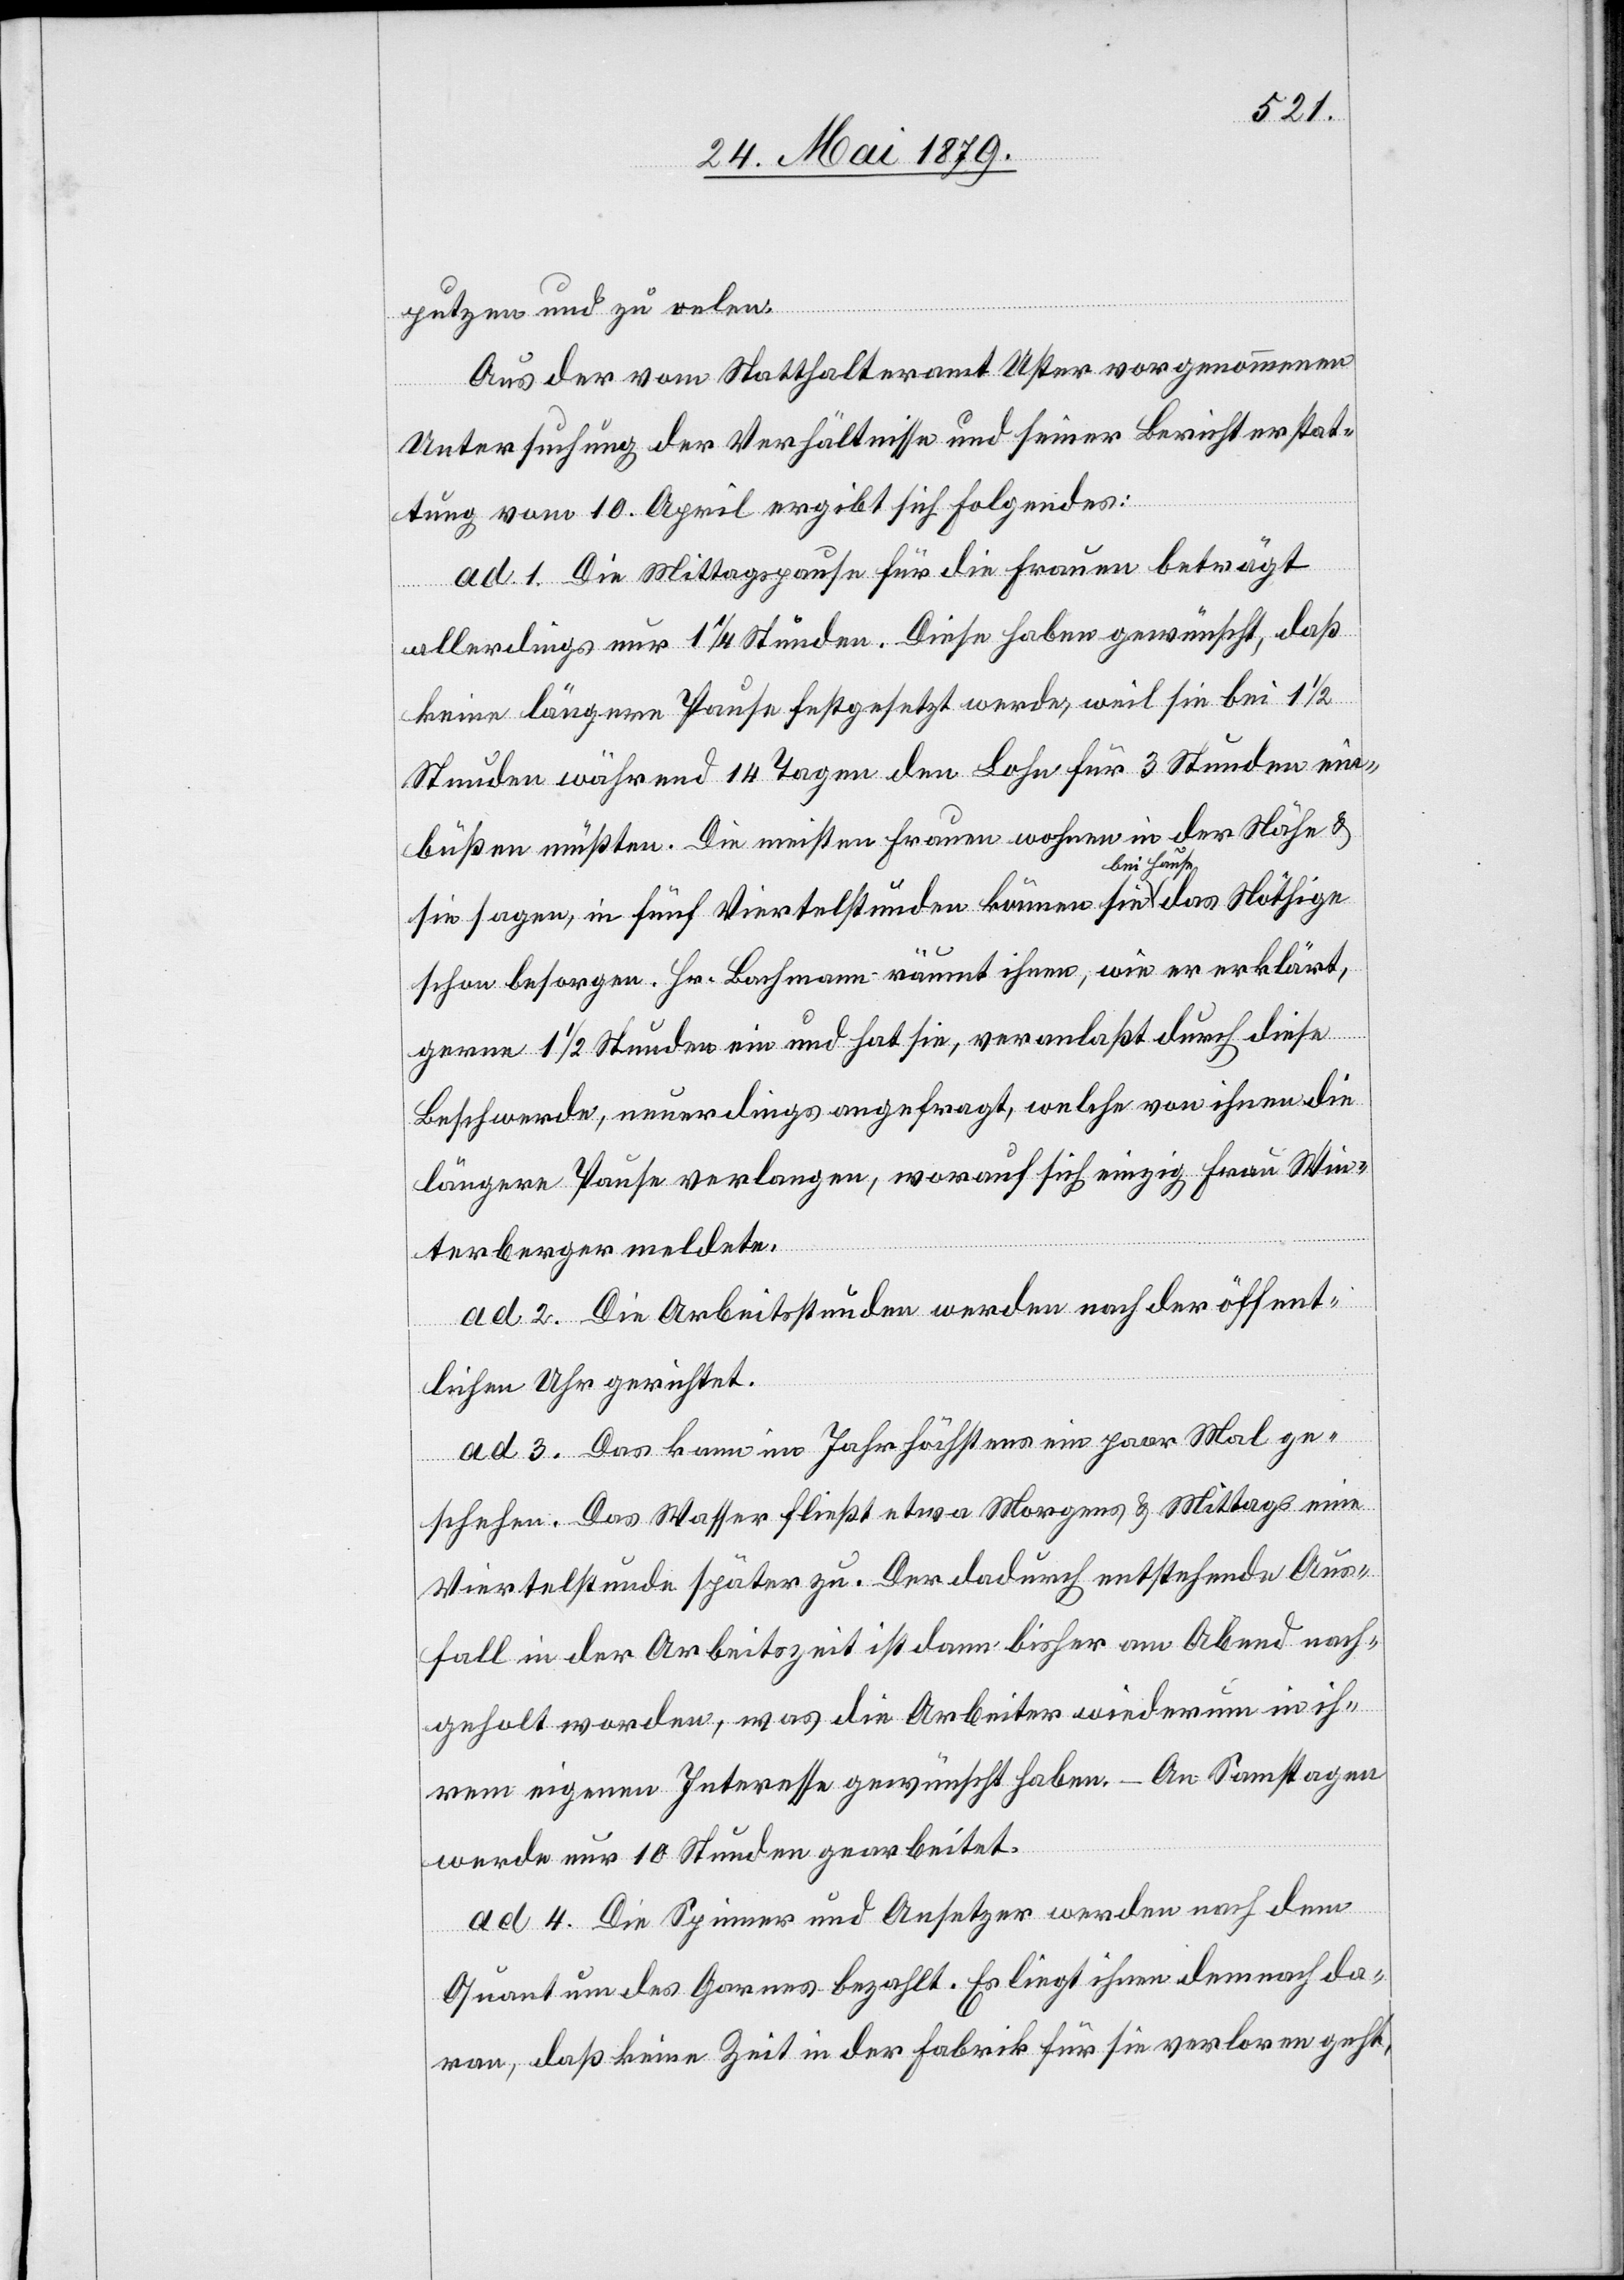
putzen und zu oelen.
Aus der vom Statthalteramt Uster vorgenommenen
Untersuchung der Verhältnisse und seiner Berichterstat¬
tung vom 10. April ergibt sich Folgendes:
ad 1. Die Mittagspause für die Frauen beträgt
allerdings nur 1 1/4 Stunden. Diese haben gewünscht, daß
keine längere Pause festgesetzt werde, weil sie bei 1 1/2
Stunden während 14 Tagen den Lohn für 3 Stunden ein¬
büßen müßten. Die meisten Frauen wohnen in der Nähe &
sie sagen, in fünf Viertelstunden können sie bei Hause
das
schon besorgen. Hr. Bachmann räumt ihnen, wie er erklärt,
gerne 1 1/2 Stunden ein und hat sie, veranlaßt durch diese
Beschwerde, neuerdings angefragt, welche von ihnen die
längere Pause verlangen, worauf sich einzig Frau Win¬
terberger meldete.
ad 2. Die Arbeitsstunden werden nach der öffent¬
lichen Uhr gerichtet.
ad 3. Das kann im Jahr höchstens ein paar Mal ge¬
schehen. Das Wasser fließt etwa Morgens & Mittags eine
Viertelstunde später zu. Der dadurch entstehende Aus¬
fall in der Arbeitszeit ist dann bisher am Abend nach¬
geholt worden, was die Arbeiter wiederum in ih¬
rem eigenen Interesse gewünscht haben. – An Samstagen
werde nur 10 Stunden gearbeitet.
ad 4. Die Spinner und Ansetzer werden nach dem
Quantum des Garnes bezahlt. Es liegt ihnen demnach da¬
ran, daß keine Zeit in der Fabrik für sie verloren geht,